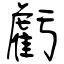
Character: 虧